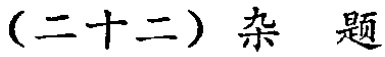
（二十二）杂 题